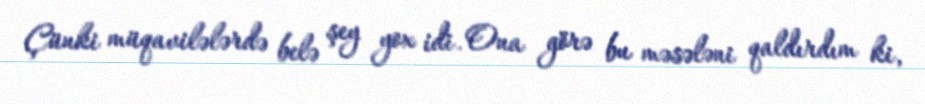
Çünki müqavilələrdə belə şey yox idi. Ona görə bu məsələni qaldırdım ki,